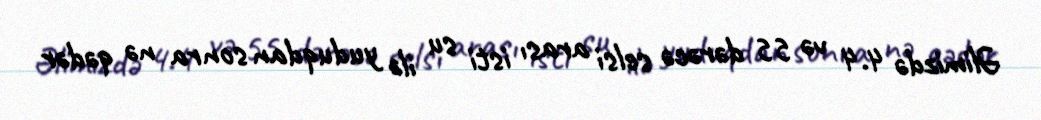
Əlimizdə 4.4 və 55 dərəcə selsi arası isti su ilə yuduqdan sonra nə qədər